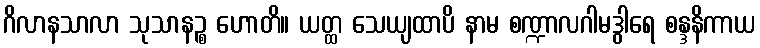
ဂိလာနသာလာ သုသာနဉ္စ ဟောတိ။ ယတ္ထ သေယျထာပိ နာမ စဏ္ဍာလဂါမဒွါရေ စန္ဒနိကာယ